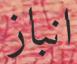
انباز